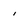
Character: i